Treatise on elephants
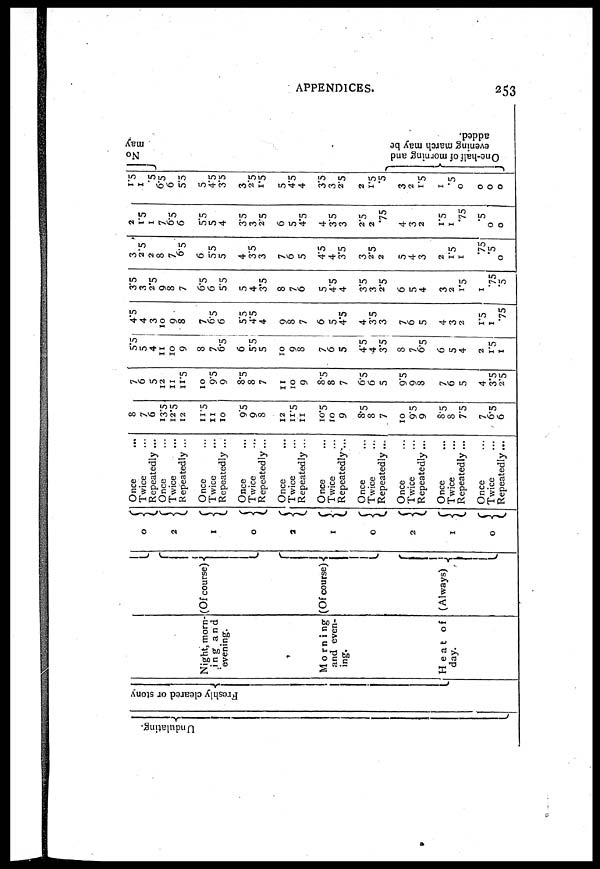
APPENDICES.
253
Undulating.
Freshly cleared or stony
Night, morning- (Of course)
and
evening.
M o r n i ng (Of course)
and
evening
Heat of (Always)
day.
0
2
1
0
2
1
0
2
1
0
Once
...
Twice
Repeatedly ...
Once
Twice
Repeatedly ...
Once
Twice
Repeatedly ...
Once
Twice
Repeatedly ...
Once
Twice
Repeatedly ...
Once
Twice
Repeatedly...
Once
Twice
Repeatedly ...
Once
Twice
Repeatedly ...
Once
Twice
Repeatedly ...
Once
Twice
Repeatedly...
8
7
6
13.5
12.5
12
11.5
11
10
9.5
9
8
12
11.5
11
10.5
10
9
8.5
8
7
10
9.5
9
8.5
8
7.5
7
6.5
6
7
6
5
12
11
11.5
10
9.5
9
8.5
8
7
11
10
9
8.5
8
7
6.5
6
5
9.5
9
8
7
6
5
4
3.5
2.5
5.5
5
4
11
10
9
8
7
6.5
6
5.5
5
10
9
8
7
6
5
4.5
4
3.5
8
7
6.5
6
5
4
2
1.5
1
4.5
4
3
10
9
8
7
6.5
6
5.5
4.5
4
9
8
7
6
5
4.5
4
3.5
3
7
6
5
4
3
2
1.5
1
75
3.5
3
2.5
9
8
7
6.5
6
5.5
5
4
3.5
8
7
6
5
4.5
4
3.5
3
2.5
6
5
4
3
2
1.5
1
75
.5
3
2.5
2
8
7
6.5
6
5.5
5
4
3.5
3
7
6
5
4.5
4
3.5
3
2.5
2
5
4
3
2
1.5
1
75
.5
0
2
1.5
1
7
6.5
6
5.5
5
4
3.5
3
2.5
6
5
4.5
4
3.5
3
2.5
2
75
4
3
2
1.5
1
.75
.5
0
0
1.5
1
.5
6.5
6
55
5
4.5
3.5
3
2.5
1.5
5
4.5
4
3.5
3
2.5
2
1.5
.5
3
2
1.5
1
.5
0
0
0
0
No
may
One-half of morning and
evening march may be
added.